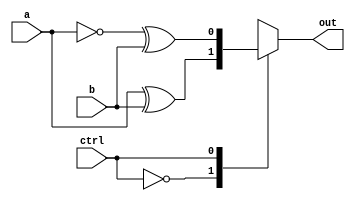
module xor_gate_pass(
    input wire a,
    input wire b,
    input wire ctrl,
    output reg out
);

always @(*) begin
    case(ctrl)
        1'b0: out = a ^ b; // XOR operation
        1'b1: out = ~a ^ b; // XOR operation with first input inverted
        default: out = 1'bx; // Output undefined if control signal is invalid
    endcase
end

endmodule